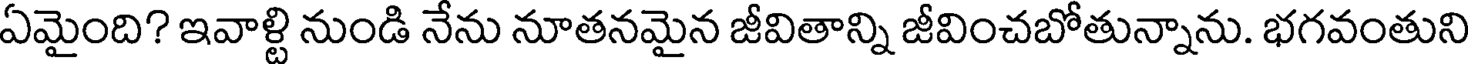
ఏమైంది? ఇవాళ్టి నుండి నేను నూతనమైన జీవితాన్ని జీవించబోతున్నాను. భగవంతుని